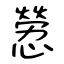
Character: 憥